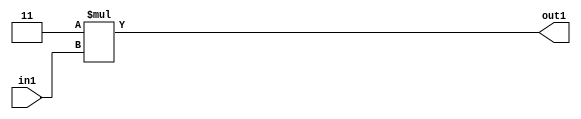
`timescale 1ps / 1ps
/*****************************************************************************
    Verilog RTL Description
    
    
    Created by: Stratus DpOpt 2019.1.01 
*******************************************************************************/

module SobelFilter_Mul2i3u2_4 (
	in1,
	out1
	); /* architecture "behavioural" */ 
input [1:0] in1;
output [3:0] out1;
wire [3:0] asc001;

assign asc001 = 
	+(4'B0011 * in1);

assign out1 = asc001;
endmodule

/* CADENCE  urb3Sws= : u9/ySgnWtBlWxVPRXgAZ4Og= ** DO NOT EDIT THIS LINE ******/